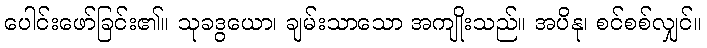
ပေါင်းဖော်ခြင်း၏။ သုခဒွယော၊ ချမ်းသာသော အကျိုးသည်။ အပိနု၊ စင်စစ်လျှင်။